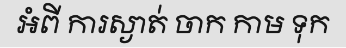
អំពី ការស្ងាត់ ចាក កាម ទុក